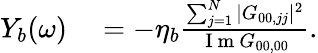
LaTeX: \begin{array}{rl}{Y_{b}(\omega)}&{{}=-\eta_{b}\frac{\sum_{j=1}^{N}|G_{00,jj}|^{2}}{\mathrm{~I~m~}G_{00,00}}.}\end{array}